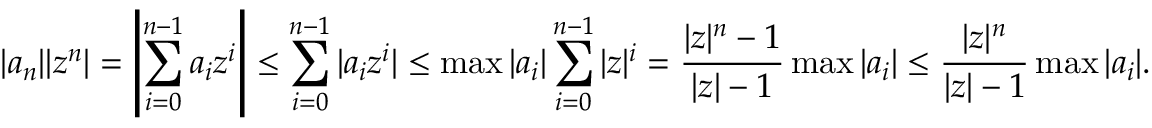
| a _ { n } | | z ^ { n } | = \left| \sum _ { i = 0 } ^ { n - 1 } a _ { i } z ^ { i } \right| \leq \sum _ { i = 0 } ^ { n - 1 } | a _ { i } z ^ { i } | \leq \operatorname* { m a x } | a _ { i } | \sum _ { i = 0 } ^ { n - 1 } | z | ^ { i } = { \frac { | z | ^ { n } - 1 } { | z | - 1 } } \operatorname* { m a x } | a _ { i } | \leq { \frac { | z | ^ { n } } { | z | - 1 } } \operatorname* { m a x } | a _ { i } | .